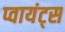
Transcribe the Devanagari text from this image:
प्वायंट्स